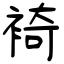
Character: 裿